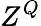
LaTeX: Z^{Q}